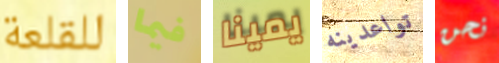
للقلعة فيما يمينا تواعدينه نحن